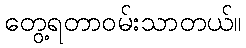
တွေ့ရတာဝမ်းသာတယ်။